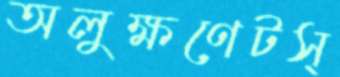
অলুক্ষণেটস্‌